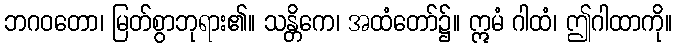
ဘဂဝတော၊ မြတ်စွာဘုရား၏။ သန္တိကေ၊ အထံတော်၌။ ဣမံ ဂါထံ၊ ဤဂါထာကို။